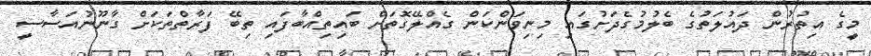
މީގެ އިތުރުން ދައުލަތުގެ ބެލުމުގެދަށުގައި މިނިވަންކަން ގެއްލޭގޮތަށް ބައިތިއްބާފައި ތިބޭ ފަރާތްތަކަށް ގާނޫނުއަސާސީ